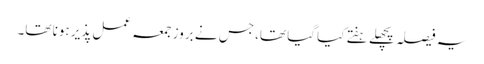
یہ فیصلہ پچھلے ہفتے کیا گیا تھا، جس نے بروز جمعہ عمل پذیر ہونا تھا۔